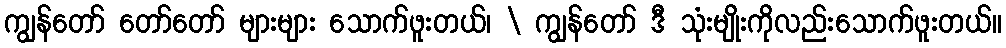
ကျွန်တော် တော်တော် များများ သောက်ဖူးတယ်၊ \ ကျွန်တော် ဒီ သုံးမျိုးကိုလည်းသောက်ဖူးတယ်။